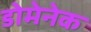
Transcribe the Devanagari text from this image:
डोमेनेक